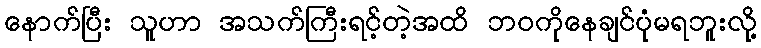
နောက်ပြီး သူဟာ အသက်ကြီးရင့်တဲ့အထိ ဘဝကိုနေချင်ပုံမရဘူးလို့